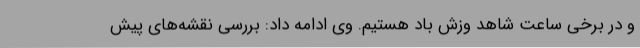
و در برخی ساعت شاهد وزش باد هستیم. وی ادامه داد: بررسی نقشه‌های پیش